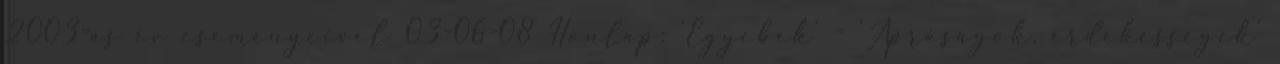
2003-as év eseményeivel 03-06-08 Honlap: 'Egyebek' - 'Apróságok, érdekességek'